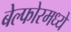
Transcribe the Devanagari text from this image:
बेल्फोरमध्ये